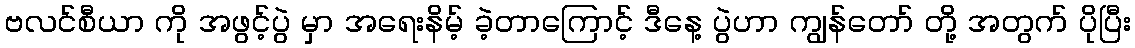
ဗလင်စီယာ ကို အဖွင့်ပွဲ မှာ အရေးနိမ့် ခဲ့တာကြောင့် ဒီနေ့ ပွဲဟာ ကျွန်တော် တို့ အတွက် ပိုပြီး